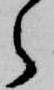
ら